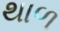
થાળ